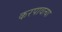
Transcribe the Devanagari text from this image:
करपावत्या